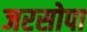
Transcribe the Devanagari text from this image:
जरसोपा